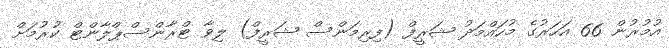
އުމުރުން 66 އަހަރުގެ މުހައްމަދު ޝަރީފް (ފިރިމަންސް ޝަރީފް) ލިވާ ޓްރާންސްޕްލާންޓް ކުރުމަށް